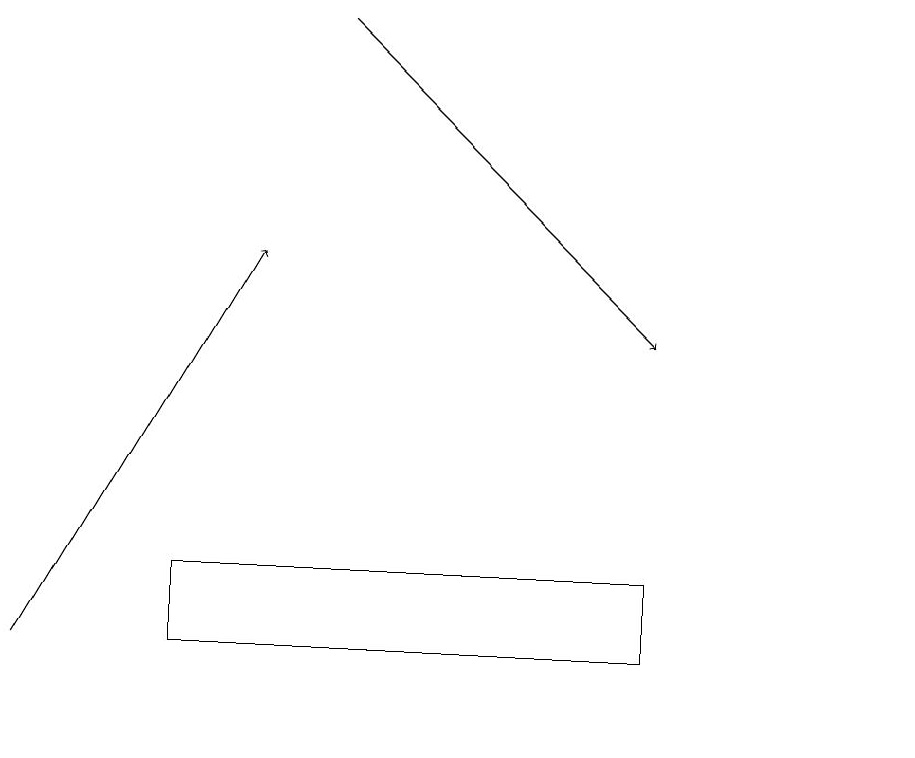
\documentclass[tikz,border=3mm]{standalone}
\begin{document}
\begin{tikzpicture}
\draw[->] (1,11) -- (4,16);
\draw (3,12) rectangle (9,11);
\draw (12,10) circle (0);
\draw[->] (5,19) -- (9,15);
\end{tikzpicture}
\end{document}